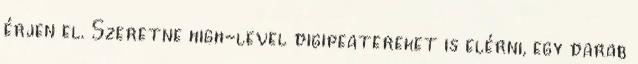
érjen el. Szeretne high-level digipeatereket is elérni, egy darab